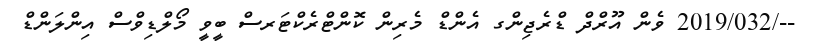
--/2019/032 ވެން އޫރްދް ޑްރެޖިންގ އެންޑް މެރިން ކޮންޓްރެކްޓަރސް ބީވީ މޯލްޑިވްސް އިންލަންޑް